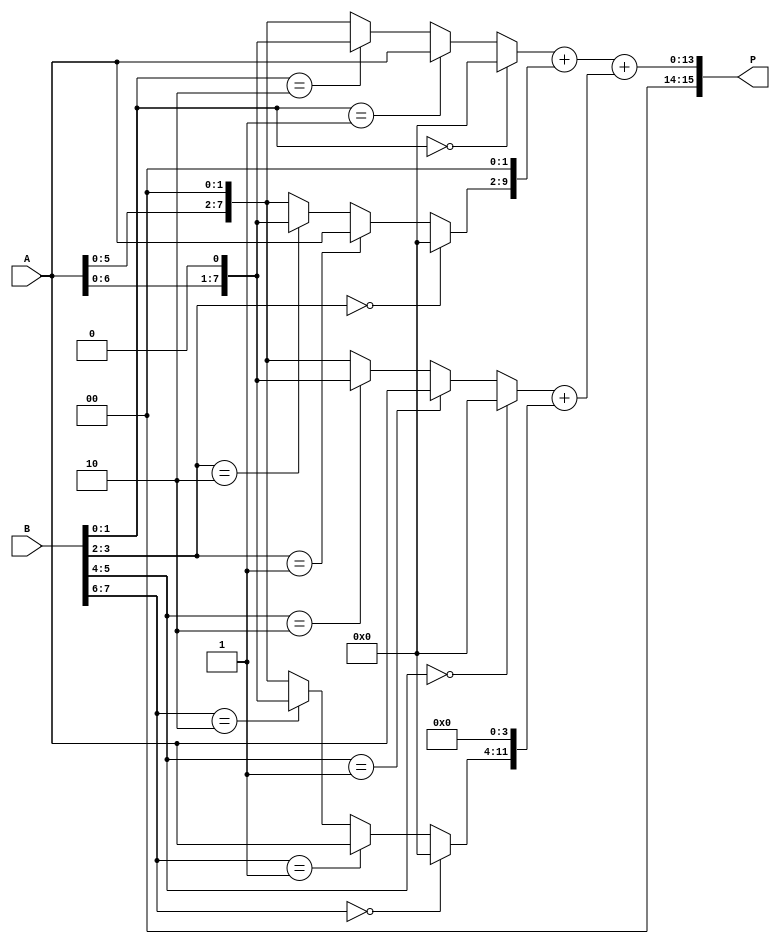
module radix4_multiplier #(parameter n = 8) (
    input  [n-1:0] A, // Multiplicand
    input  [n-1:0] B, // Multiplier
    output reg [2*n-1:0] P // Product
);

    // Partial products
    wire [n-1:0] pp0, pp1, pp2, pp3;
    
    // Generate partial products based on 2-bit segments of B
    assign pp0 = (B[1:0] == 2'b00) ? 0 : (B[1:0] == 2'b01) ? A : 
                 (B[1:0] == 2'b10) ? (A << 1) : (A << 2);
    
    assign pp1 = (B[3:2] == 2'b00) ? 0 : (B[3:2] == 2'b01) ? A : 
                 (B[3:2] == 2'b10) ? (A << 1) : (A << 2);
    
    assign pp2 = (B[5:4] == 2'b00) ? 0 : (B[5:4] == 2'b01) ? A : 
                 (B[5:4] == 2'b10) ? (A << 1) : (A << 2);
    
    assign pp3 = (B[7:6] == 2'b00) ? 0 : (B[7:6] == 2'b01) ? A : 
                 (B[7:6] == 2'b10) ? (A << 1) : (A << 2);
    
    // Intermediate results for addition
    wire [2*n-1:0] sum1, sum2;

    // First stage of addition (carry-save)
    assign sum1 = pp0 + (pp1 << 2); // pp0 + pp1 shifted left by 2
    assign sum2 = pp2 + (pp3 << 4); // pp2 + pp3 shifted left by 4

    // Final stage of addition
    always @(*) begin
        P = sum1 + sum2; // Sum the results of the first stage
    end

endmodule